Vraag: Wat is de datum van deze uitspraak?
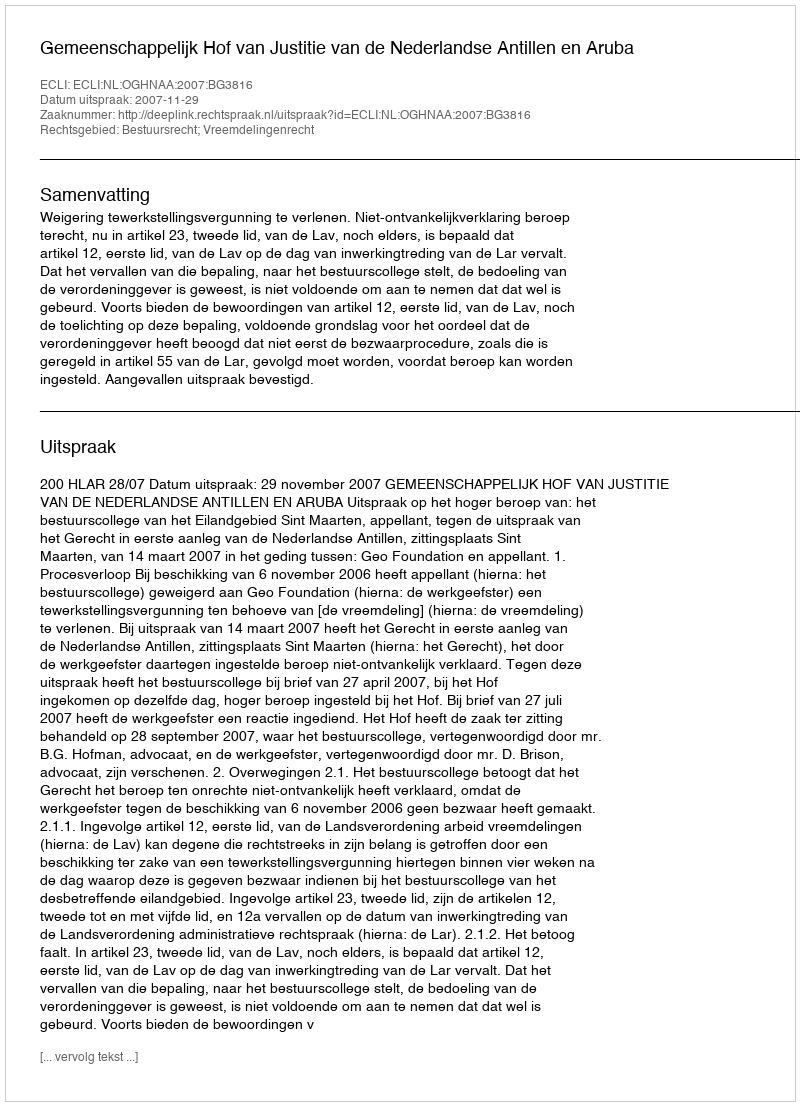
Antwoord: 2007-11-29